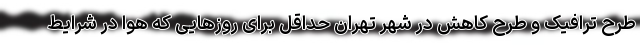
طرح ترافیک و طرح کاهش در شهر تهران حداقل برای روزهایی که هوا در شرایط